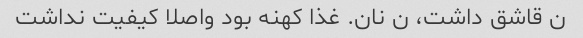
ن قاشق داشت، ن نان. غذا کهنه بود واصلا کیفیت نداشت